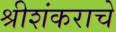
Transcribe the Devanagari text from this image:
श्रीशंकराचे